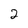
Character: 2